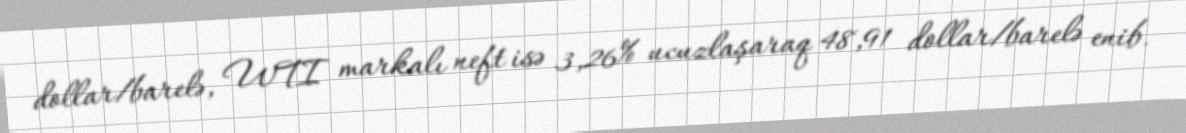
dollar/barelə, WTI markalı neft isə 3,26% ucuzlaşaraq 48,91 dollar/barelə enib.